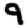
Digit: 9